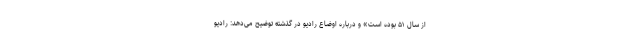
از سال ۵۱ بوده است» و درباره اوضاع رادیو در گذشته توضیح می‌دهد: رادیو